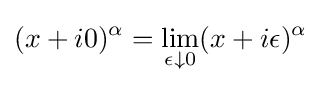
(x+i0)^{\alpha }=\lim _{\epsilon \downarrow 0}(x+i\epsilon )^{\alpha }